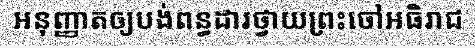
អនុញ្ញាតឲ្យបង់ពន្ធដារថ្វាយព្រះចៅអធិរាជ